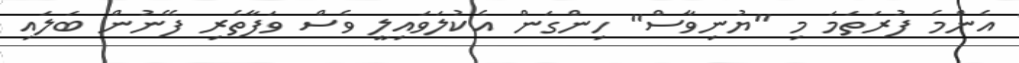
އެންމެ ފުރަތަމަ މި "ޔުނިވާސް" ހިންގަން އެކުލަވައިލީ ވެސް ވަފާތެރި ފޭނުން ބަލައި